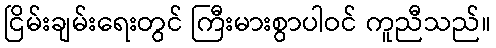
ငြိမ်းချမ်းရေးတွင် ကြီးမားစွာပါဝင် ကူညီသည်။